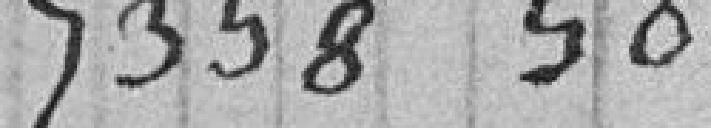
7 358.50